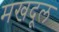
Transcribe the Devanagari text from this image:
मखदूल